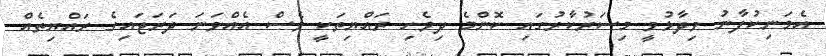
އެމަނިކުފާނު ވިދާޅުވީ މިސަރުކާރުގައި ކޮންމެ ދިވެހި ރައްޔިތަކީ ވެސް އެއްވަނަ ދަރަޖައިގެ ރައްޔިތެއް